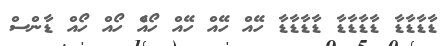
ޑާޑާޑާޑާ ޑާޑާޑާޑާ ޑާޑާޑާޑާ ހޭއް ހޭއް ހޭއް ހޯއެް ހޯއް ހޯއް ޑާންސް